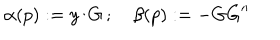
\alpha ( p ) : = y / G \, ; \quad \beta ( p ) : = - G G ^ { \prime \prime }